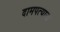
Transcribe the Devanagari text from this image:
दामपत्याना